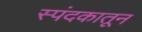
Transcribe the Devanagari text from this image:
स्पंदकातून